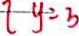
y = 3